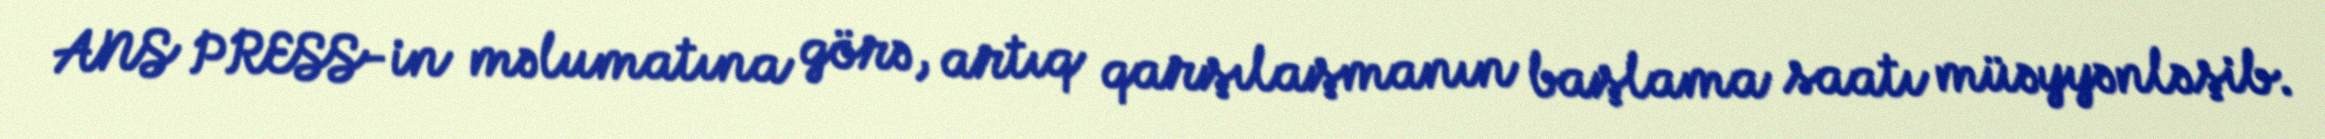
ANS PRESS-in məlumatına görə, artıq qarşılaşmanın başlama saatı müəyyənləşib.